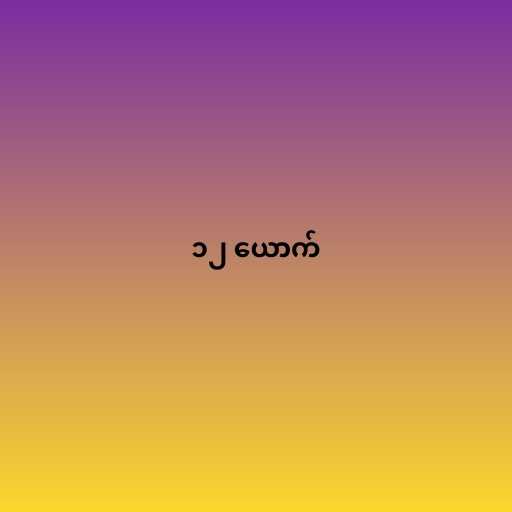
၁၂ ယောက်